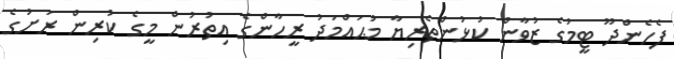
ފެހެންދޫ ޓީމުގެ ޒުވާން ކުޅުންތެރިޔާ މުޙައްމަދު ރީހާންގެ އިތުރުން މީގެ ކުރިން ރަށުގެ